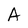
Character: A